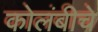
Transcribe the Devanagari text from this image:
कोलंबीचे